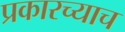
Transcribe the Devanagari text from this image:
प्रकारच्याच